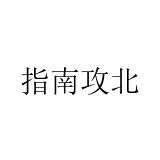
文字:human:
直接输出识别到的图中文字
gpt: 指南攻北